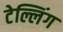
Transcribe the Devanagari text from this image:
टेल्लिंग